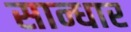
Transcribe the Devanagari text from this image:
सान्धार